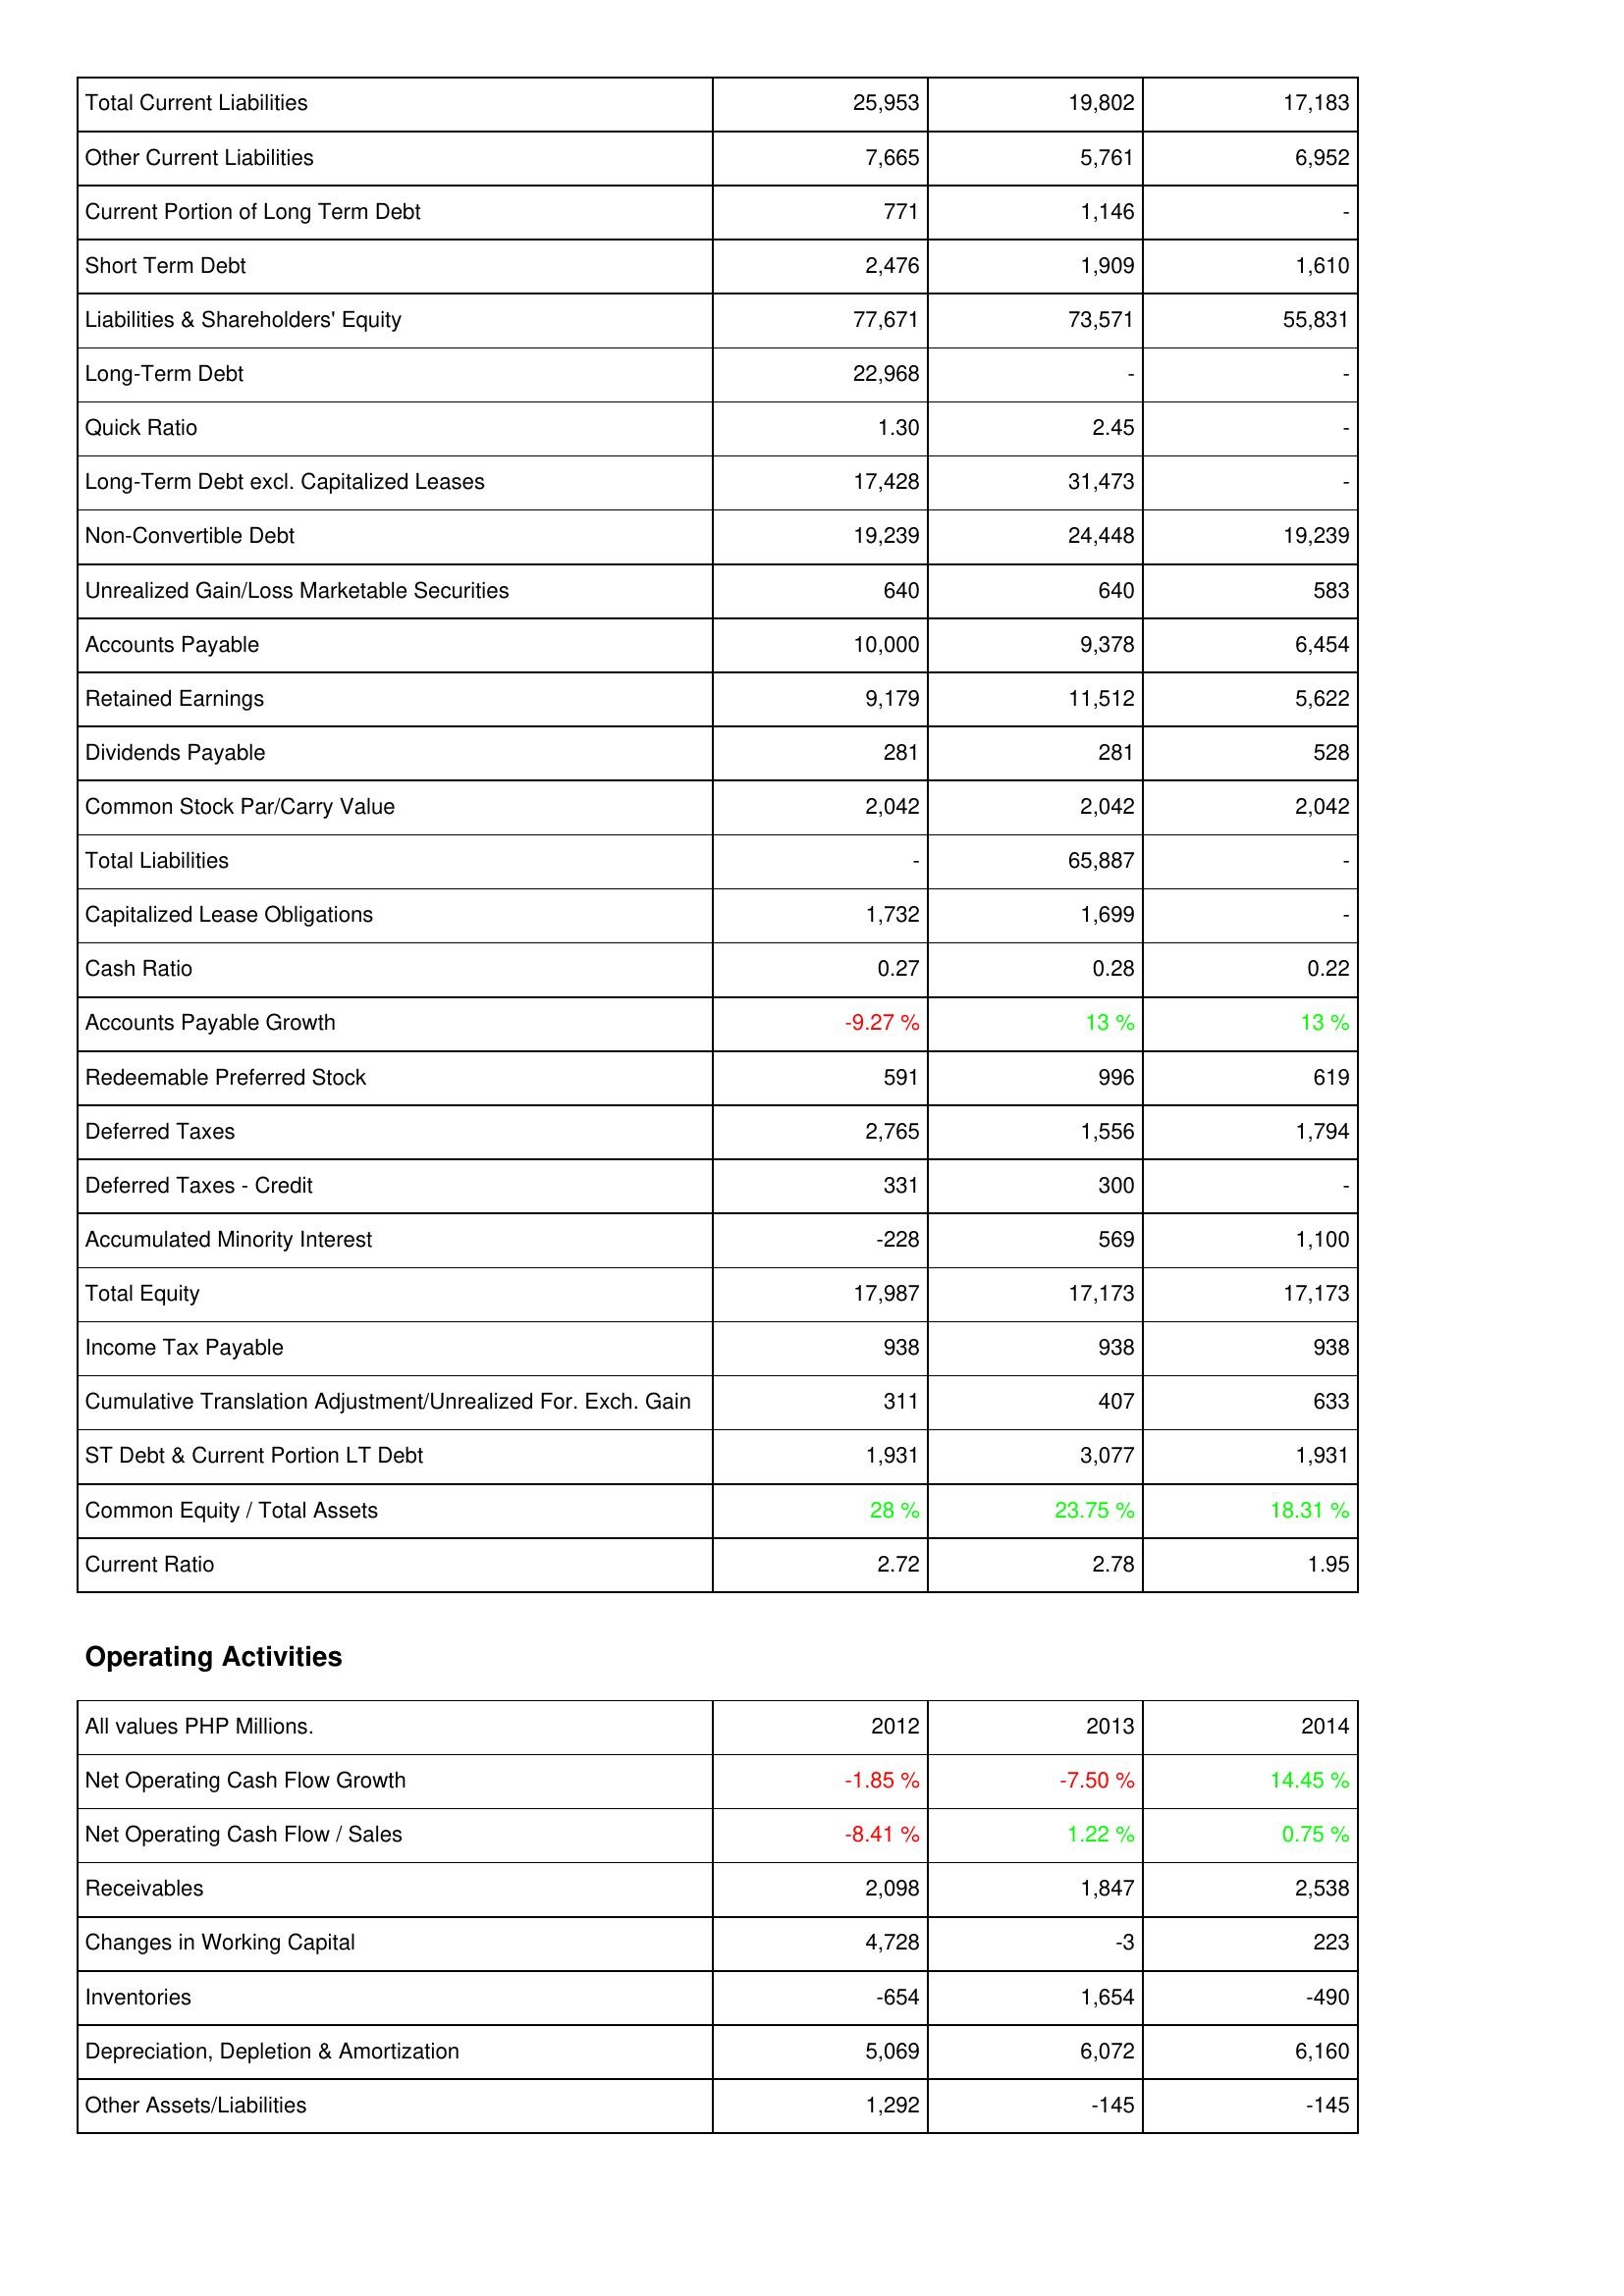
2012: Liabilities & Shareholders' Equity: Total Current Liabilities: 25,953
Other Current Liabilities: 7,665
Current Portion of Long Term Debt: 771
Short Term Debt: 2,476
Liabilities & Shareholders' Equity: 77,671
Long-Term Debt: 22,968
Quick Ratio: 1.30
Long-Term Debt excl. Capitalized Leases: 17,428
Non-Convertible Debt: 19,239
Unrealized Gain/Loss Marketable Securities: 640
Accounts Payable: 10,000
Retained Earnings: 9,179
Dividends Payable: 281
Common Stock Par/Carry Value: 2,042
Total Liabilities: -
Capitalized Lease Obligations: 1,732
Cash Ratio: 0.27
Accounts Payable Growth: -9.27 %
Redeemable Preferred Stock: 591
Deferred Taxes: 2,765
Deferred Taxes - Credit: 331
Accumulated Minority Interest: -228
Total Equity: 17,987
Income Tax Payable: 938
Cumulative Translation Adjustment/Unrealized For. Exch. Gain: 311
ST Debt & Current Portion LT Debt: 1,931
Common Equity / Total Assets: 28 %
Current Ratio: 2.72
Operating Activities: Net Operating Cash Flow Growth: -1.85 %
Net Operating Cash Flow / Sales: -8.41 %
Receivables: 2,098
Changes in Working Capital: 4,728
Inventories: -654
Depreciation, Depletion & Amortization: 5,069
Other Assets/Liabilities: 1,292
2013: Liabilities & Shareholders' Equity: Total Current Liabilities: 19,802
Other Current Liabilities: 5,761
Current Portion of Long Term Debt: 1,146
Short Term Debt: 1,909
Liabilities & Shareholders' Equity: 73,571
Long-Term Debt: -
Quick Ratio: 2.45
Long-Term Debt excl. Capitalized Leases: 31,473
Non-Convertible Debt: 24,448
Unrealized Gain/Loss Marketable Securities: 640
Accounts Payable: 9,378
Retained Earnings: 11,512
Dividends Payable: 281
Common Stock Par/Carry Value: 2,042
Total Liabilities: 65,887
Capitalized Lease Obligations: 1,699
Cash Ratio: 0.28
Accounts Payable Growth: 13 %
Redeemable Preferred Stock: 996
Deferred Taxes: 1,556
Deferred Taxes - Credit: 300
Accumulated Minority Interest: 569
Total Equity: 17,173
Income Tax Payable: 938
Cumulative Translation Adjustment/Unrealized For. Exch. Gain: 407
ST Debt & Current Portion LT Debt: 3,077
Common Equity / Total Assets: 23.75 %
Current Ratio: 2.78
Operating Activities: Net Operating Cash Flow Growth: -7.50 %
Net Operating Cash Flow / Sales: 1.22 %
Receivables: 1,847
Changes in Working Capital: -3
Inventories: 1,654
Depreciation, Depletion & Amortization: 6,072
Other Assets/Liabilities: -145
2014: Liabilities & Shareholders' Equity: Total Current Liabilities: 17,183
Other Current Liabilities: 6,952
Current Portion of Long Term Debt: -
Short Term Debt: 1,610
Liabilities & Shareholders' Equity: 55,831
Long-Term Debt: -
Quick Ratio: -
Long-Term Debt excl. Capitalized Leases: -
Non-Convertible Debt: 19,239
Unrealized Gain/Loss Marketable Securities: 583
Accounts Payable: 6,454
Retained Earnings: 5,622
Dividends Payable: 528
Common Stock Par/Carry Value: 2,042
Total Liabilities: -
Capitalized Lease Obligations: -
Cash Ratio: 0.22
Accounts Payable Growth: 13 %
Redeemable Preferred Stock: 619
Deferred Taxes: 1,794
Deferred Taxes - Credit: -
Accumulated Minority Interest: 1,100
Total Equity: 17,173
Income Tax Payable: 938
Cumulative Translation Adjustment/Unrealized For. Exch. Gain: 633
ST Debt & Current Portion LT Debt: 1,931
Common Equity / Total Assets: 18.31 %
Current Ratio: 1.95
Operating Activities: Net Operating Cash Flow Growth: 14.45 %
Net Operating Cash Flow / Sales: 0.75 %
Receivables: 2,538
Changes in Working Capital: 223
Inventories: -490
Depreciation, Depletion & Amortization: 6,160
Other Assets/Liabilities: -145